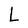
Character: L